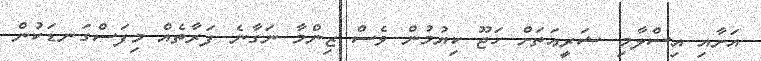
އަށާއި އިސްލާމި ޝަރީޢަތަށް ހަޖޫ ކިޔުމުން ވެސް ޒިންމާ ނަގާނެ ފަރާތެއް މިފަސްގަނޑަކުން